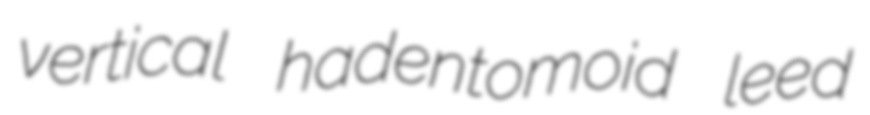
vertical hadentomoid leed